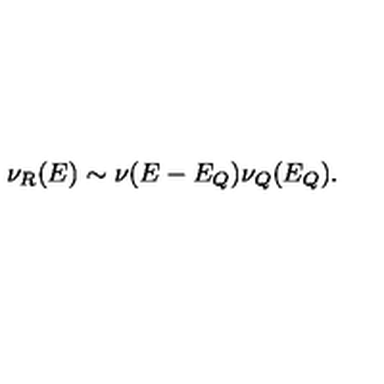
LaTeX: \nu _ { R } ( E ) \sim \nu ( E - E _ { Q } ) \nu _ { Q } ( E _ { Q } ) .